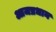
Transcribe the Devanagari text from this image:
आजप्रधान